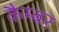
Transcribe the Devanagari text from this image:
कैम्बर